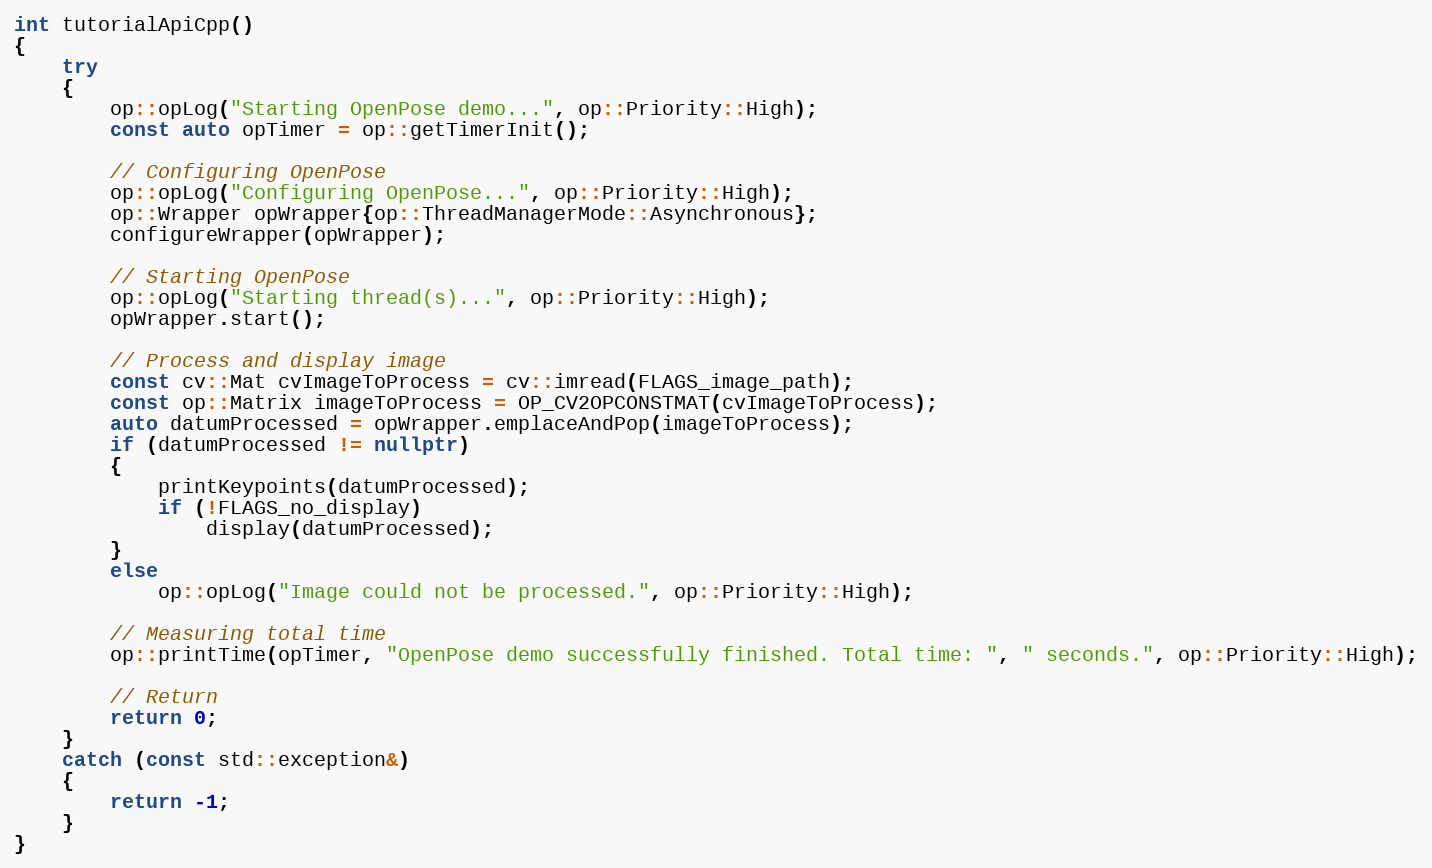
Language: C++
int tutorialApiCpp()
{
    try
    {
        op::opLog("Starting OpenPose demo...", op::Priority::High);
        const auto opTimer = op::getTimerInit();

        // Configuring OpenPose
        op::opLog("Configuring OpenPose...", op::Priority::High);
        op::Wrapper opWrapper{op::ThreadManagerMode::Asynchronous};
        configureWrapper(opWrapper);

        // Starting OpenPose
        op::opLog("Starting thread(s)...", op::Priority::High);
        opWrapper.start();

        // Process and display image
        const cv::Mat cvImageToProcess = cv::imread(FLAGS_image_path);
        const op::Matrix imageToProcess = OP_CV2OPCONSTMAT(cvImageToProcess);
        auto datumProcessed = opWrapper.emplaceAndPop(imageToProcess);
        if (datumProcessed != nullptr)
        {
            printKeypoints(datumProcessed);
            if (!FLAGS_no_display)
                display(datumProcessed);
        }
        else
            op::opLog("Image could not be processed.", op::Priority::High);

        // Measuring total time
        op::printTime(opTimer, "OpenPose demo successfully finished. Total time: ", " seconds.", op::Priority::High);

        // Return
        return 0;
    }
    catch (const std::exception&)
    {
        return -1;
    }
}